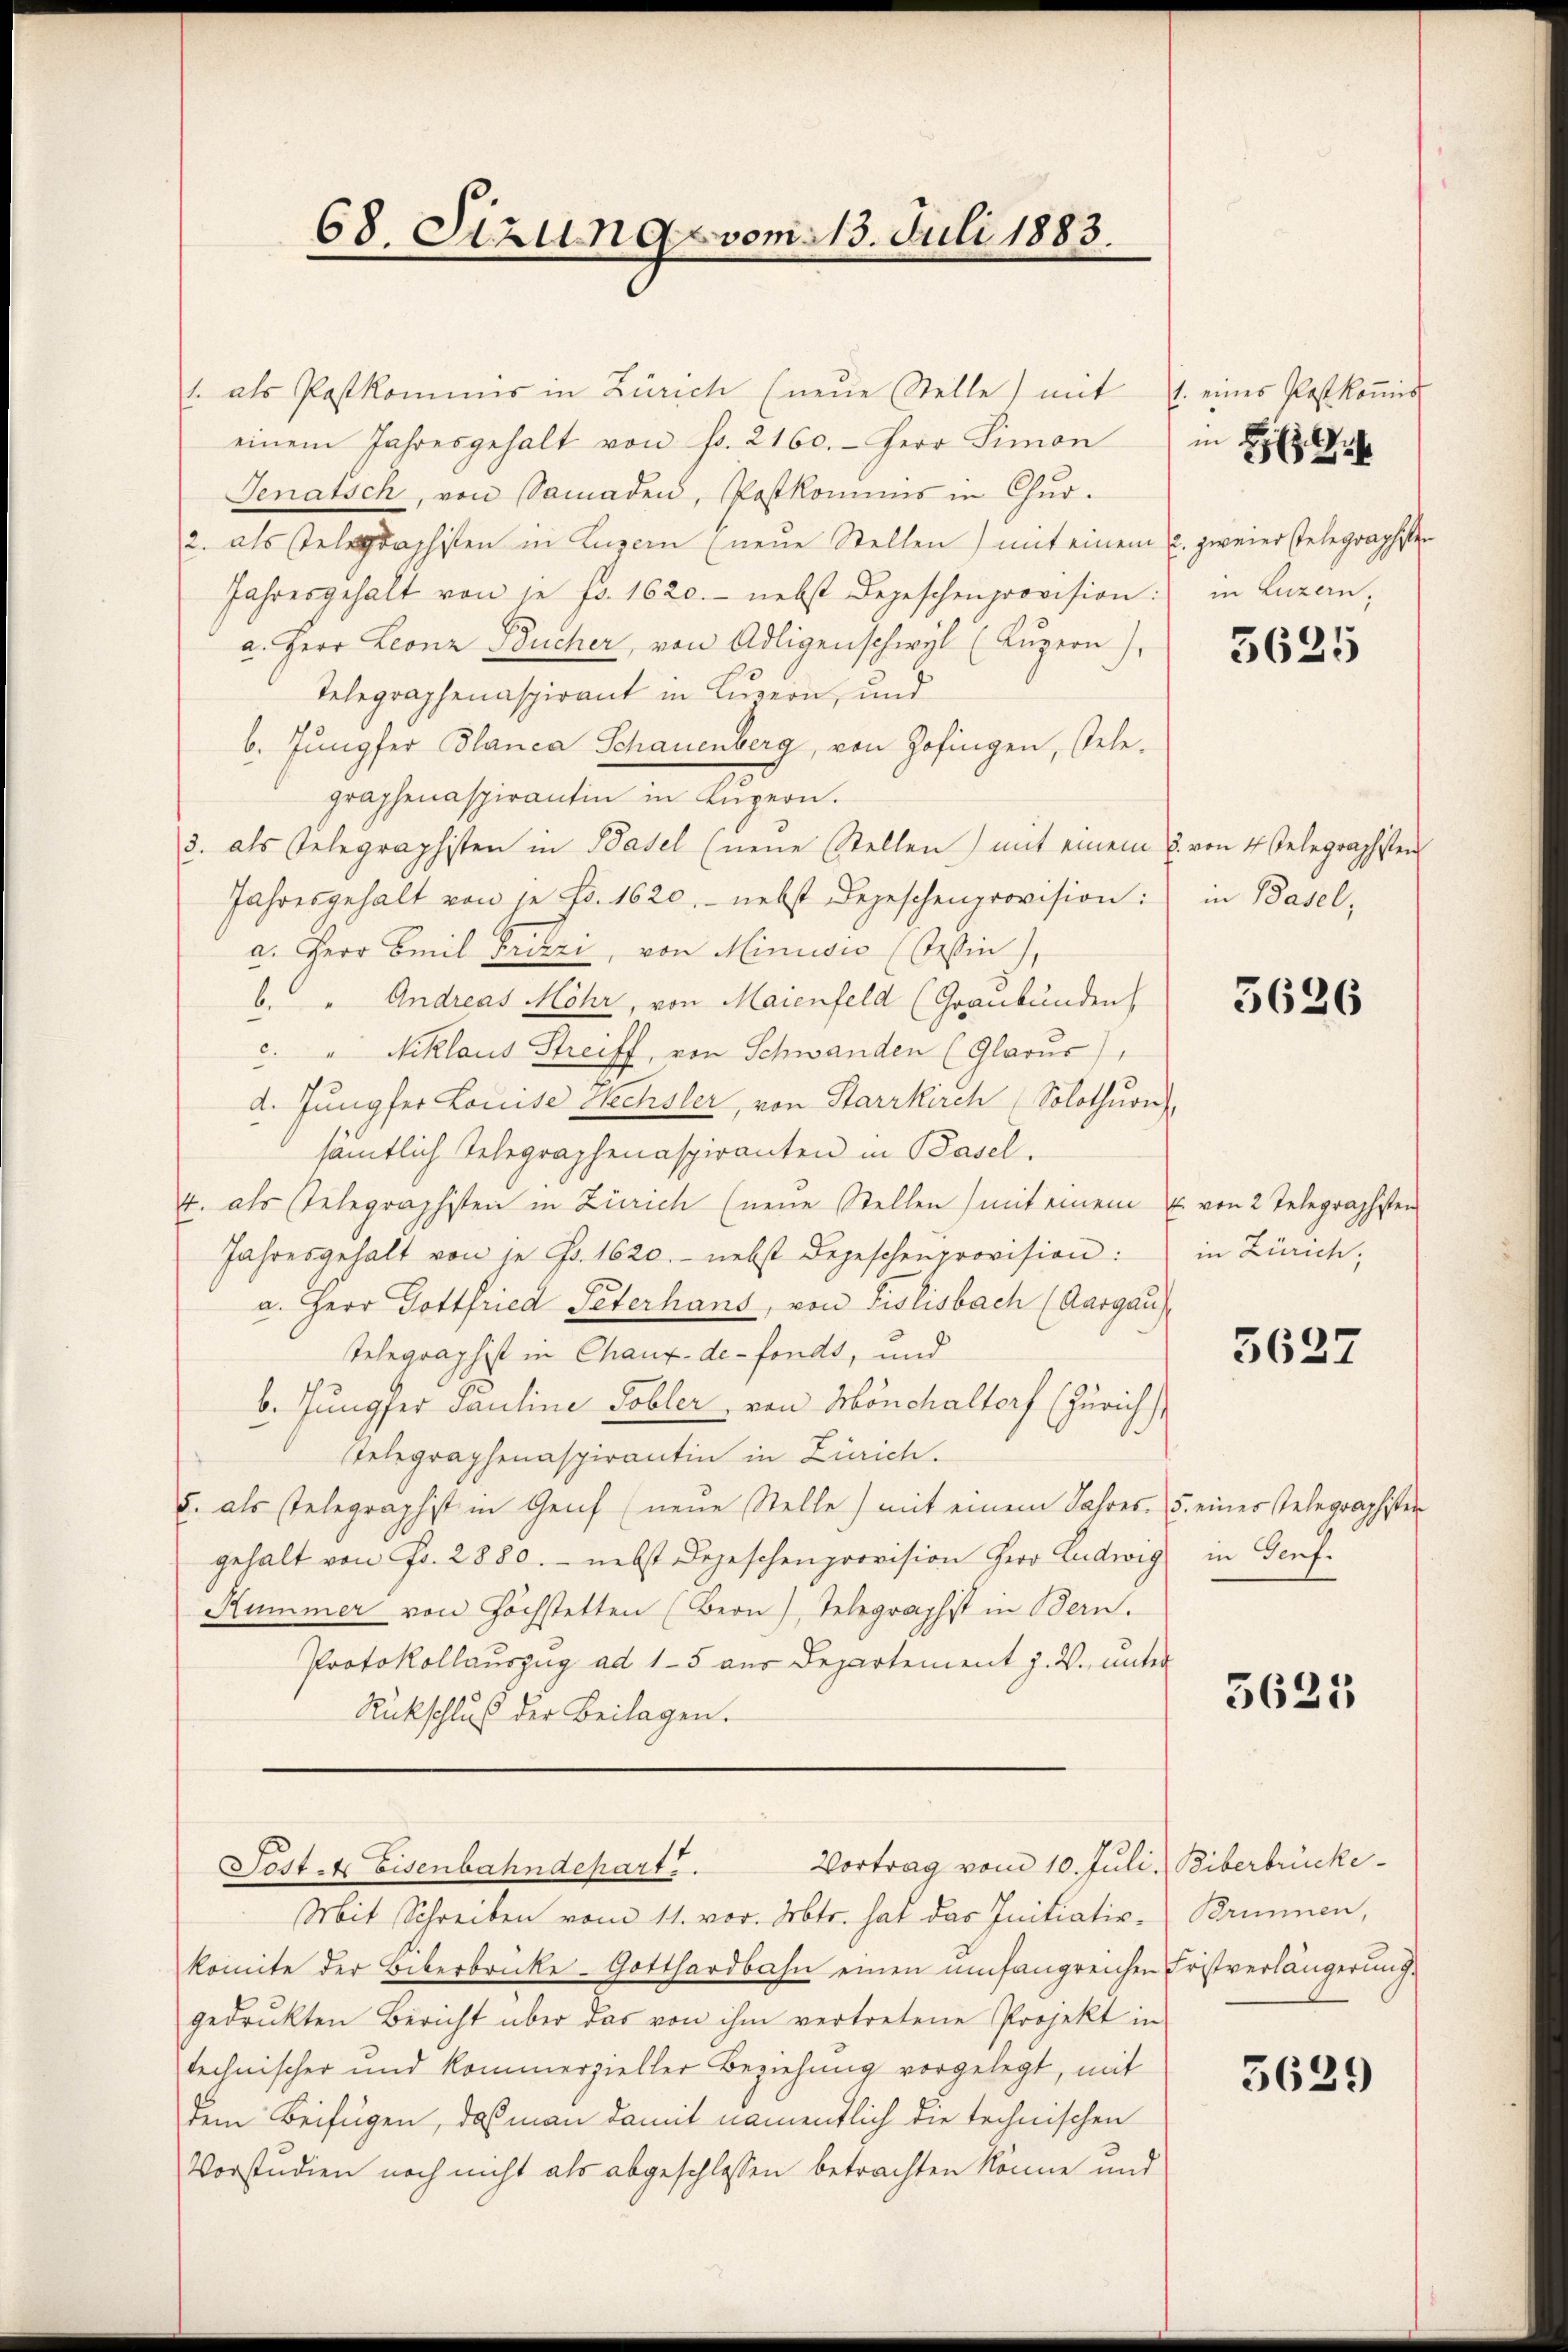
68. Sizung vom 13. Juli 1883.

1. als Postkommis in Zürich (neŭe Stelle) mit
einem Jahresgehalt von Fr. 2160. Herr Simon
Senatsch, von Samaden, Postkommis in Chur-
2. als Telegraphisten in Luzern (neue Stellen) mit einem u. zweier stelegraphisten
Jahresgehalt von je Fr. 1620. nebst Depeschenprovision: in Luzern,
a. Herr Leonz Bucher, von Adligenschwyl (Luzern),
Telegraphenaspirant in Luzern, und
b. Jungfer Blanca Schauenberg, von Zofingen, stelegraphenaspirantin in Engern.
3. als Telegraphisten in Basel (neue Stellen) mit einem u. von 4 stelegraphisten
Jahresgehalt von je Fr. 1620.- nebst Depeschenprovision:
a. Herr Emil Frizzi, von Minisi (Tessin.
6. " Andreas Möhr, von Maienfeld (Graubünden
c. " Niklaus Streiff, von Schwanden (Glarus),
d. Jungfer Louise Wechsler, von Starrkirch Solothurn,
sämtlich Telegraphenaspiranten in Basel.
4. als Telegraphisten in Zürich (neŭe Stellen) mit einem u. von 2 Telegraphsten
Jahresgehalt von je Fr. 1620. nebst Depeschenprovision:
a. Herr Gottfried Peterhans, von Pislisbach (Aargau
Telegraphist in Chaux-de-Fonds, und
b. Jungfer Pauline Tobler von Mönchaltorf (Zürich
Telegraphenaspirantin in Zürich.
d. als stelegraphist in Genf (neue Stelle) mit einem Jahres. 5. einer Telegraphisten
gehalt von Fr. 2880. - nebst Depeschenprovision Herr Ludwig
Rummer von Höchstetten (Bern), Telegraphist in Bern.
Protokollauszug ad 15 aus Departement z. B. unter
Rückschluß der Beilagen.
Vortrag vom 10. Juli, Biberbrucke
Post 4 Eisenbahndepart.
Mit Schreiben vom 11. vor. Arbtr. hat das Initiativ- Brunnen,
komite der Biberbrucke- Gotthardbahn einen umfangreichen Fristverlängerung.
gedrukten Bericht über das von ihm vertretene Projekt in
technischer und kommerzieller Beziehung vorgelegt, mit
dem Beifügen, daß man damit namentlich die technischen
Vorstudien noch nicht als abgeschlossen betrachten könne und

1. eines Paskoṁis
i H

5625

in Basel,

3626

in Zürich,

5627

in Genf.

5625

5629